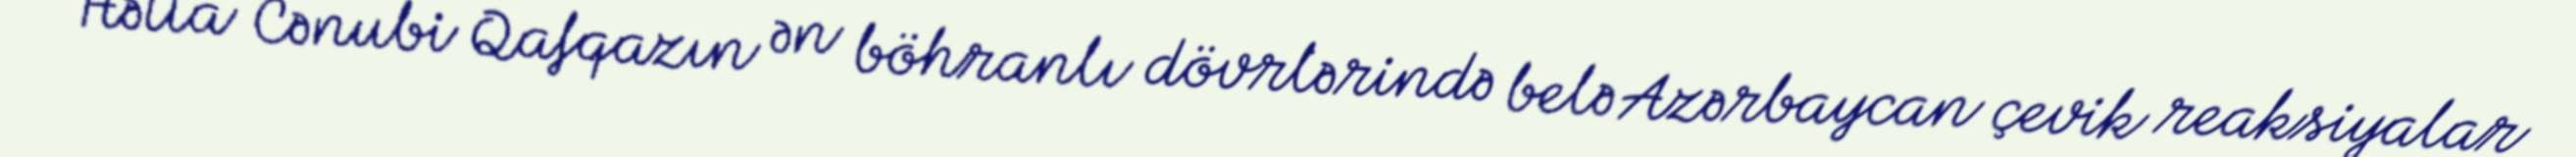
Hətta Cənubi Qafqazın ən böhranlı dövrlərində belə Azərbaycan çevik reaksiyalar